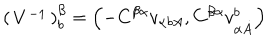
\left( \begin{matrix} { { V ^ { - { 1 } } } } \\ \end{matrix} \right) _ { { b } } ^ { { \beta } } = \left( - C ^ { { \beta } { \alpha } } v _ { { \alpha } { { b } A } } , C ^ { { \beta } { \alpha } } v _ { { \alpha } { \dot { A } } } ^ { { b } } \right)